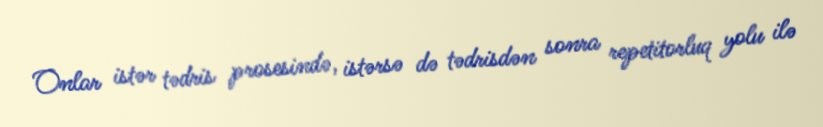
Onlar istər tədris prosesində, istərsə də tədrisdən sonra repetitorluq yolu ilə